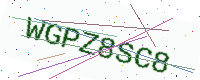
Text: WGPZ8SC8